Report on vaccination in Madras 1877-1894 - 1877-1894
Year: 1877
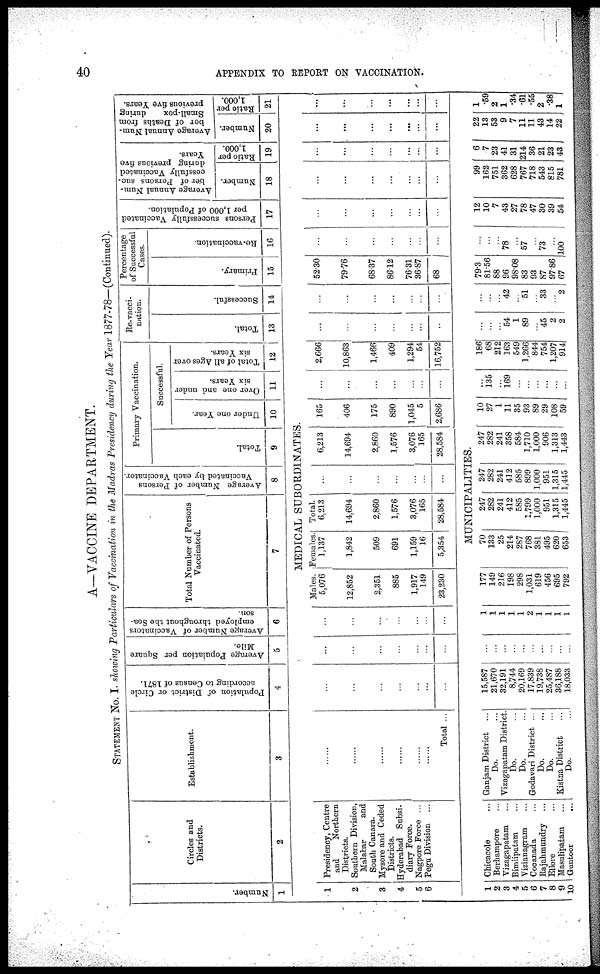
40
APPENDIX TO REPORT ON VACCINATION.
A—VACCINE DEPARTMENT.
STATEMENT No. I. showing Particulars of Vaccination in the Madras Presidency during the Year 1877-78—(Continued).
Number.
1
Circles and
Districts.
2
Establishment.
3
Population of District or Circle
according to Census of 1871.
4
Average Population per Square
Mile.
5
Average Number of Vaccinators
employed throughout the Sea-
son.
6
Total Number of Persons
Vaccinated.
7
Average Number of Persons
Vaccinated by each Vaccinator.
8
Primary Vaccination.
Total.
9
Successful.
Under one Year.
10
Over one and under
six Years.
11
Total of all Ages over
six Years.
12
Re-vacci¬
nation.
Total.
13
Successful.
14
Percentage
of Successful
Cases.
Primary.
15
Re-vaccination.
16
Persons successfully Vaccinated
per 1,000 of Population.
17
Average Annual Num-
ber of Persons suc-
cessfully Vaccinated
during previous five
Years.
Number.
18
Ratio per
1,000.
19
Average Annual Num-
ber of Deaths from
Small-pox
during
previous five Years.
Number.
20
Ratio per
1,000.
21
MEDICAL SUBORDINATES.
1
2
3
4
5
6
Presidency, Centre
and
Northern
Districts.
Southern Division,
Malabar
and
South Canara.
Mysore and Ceded
Districts.
Hyderabad Subsi-
diary Force.
Nagpore Force ...
Pegu Division ...
......
......
... ...
...
...
...
Total ...
...
...
...
...
...
...
...
...
...
...
...
...
...
...
...
...
...
...
...
...
...
Males.
5,076
12,852
2,351
885
1,917
149
23,230
Females.
1,137
1,842
509
691
1,159
16
5,354
Total.
6,213
14,694
2,860
1,576
3,076
165
28,584
...
...
...
...
...
...
...
6,213
14,694
2,860
1,576
3,076
165
28,584
165
406
175
890
1,045
5
2,686
...
...
...
...
...
...
...
2,666
10,863
1,466
409
1,294
54
16,752
...
...
...
...
...
...
...
...
...
...
...
...
...
...
52.30
79.76
68.37
86.12
76.31
36.87
68
...
...
...
...
...
...
...
...
...
...
...
...
...
...
...
...
...
...
...
...
...
...
...
...
...
...
...
...
...
...
...
...
...
...
...
...
...
...
...
...
...
...
MUNICIPALITIES.
1
2
3
4
5
6
7
8
9
10
Chicacole ...
Berhampore ...
Vizagapatam ...
Bimlipatam ...
Vizianagram ...
Cooanada ...
Rajahmundry ...
Ellore ...
Masulipaiam ...
Guntoor
...
Ganjam District ...
Do. ...
Vizagapatam District.
Do. ...
Do. ...
Godavari District ...
Do. ...
Do. ...
Kistna District ...
Do. ...
15,587
21,670
32,191
8,744
20,169
17,839
19,738
25,487
36,188
18,033
...
...
...
...
...
...
...
...
...
...
1
...
...
...
...
...
...
...
...
...
177
149
216
198
298
1,031
619
456
695
792
70
133
25
214
287
768
381
495
620
653
247
282
241
412
585
1,799
1,000
951
1,315
1,445
247
282
241
412
585
899
1,000
951
1,315
1,445
247
282
241
358
584
1,710
1,000
906
1,313
1,443
10
27
1
11
35
93
89
29
108
59
...
135
...
169
...
...
...
...
...
...
186
68
212
163
549
1,266
844
754
1,207
914
...
...
...
54
1
89
...
45
2
2
...
...
...
42
...
51
...
33
...
2
79.3
81.56
88
96
98.08
83
93
87
97.86
67
...
...
...
78
...
57
...
73
...
100
12
10
7
43
27
78
47
30
39
54
99
162
751
362
628
767
718
543
815
781
6
7
23
41
31
214
36
21
23
43
22
13
53
9
7
11
11
43
14
22
1
.59
2
1
.34
.61
.55
2
.38
1